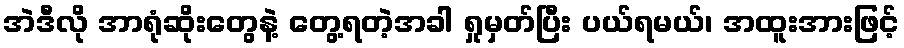
အဲဒီလို အာရုံဆိုးတွေနဲ့ တွေ့ရတဲ့အခါ ရှုမှတ်ပြီး ပယ်ရမယ်၊ အထူးအားဖြင့်